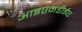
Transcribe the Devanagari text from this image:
आइएमडीईए